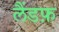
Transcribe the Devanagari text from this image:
लैंडफ़